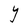
Character: Y